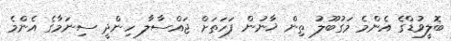
ބޮލީވުޑްގެ އެންމެ މަގުބޫލު ތިން ޚާނުން ފަހަތަށް ޖައްސާލާ ހިންދީ ސިނަމާގެ އެންމެ